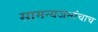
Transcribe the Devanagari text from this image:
सामन्यजनांचाच